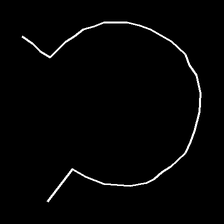
Glyph: weave